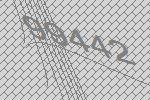
99442